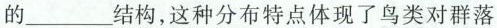
的___结构，这种分布特点体现了鸟类对群落